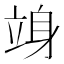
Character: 竧